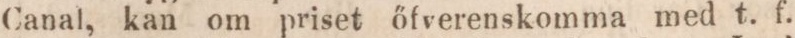
Canal, kan om priset őfverenskomma med t. f.